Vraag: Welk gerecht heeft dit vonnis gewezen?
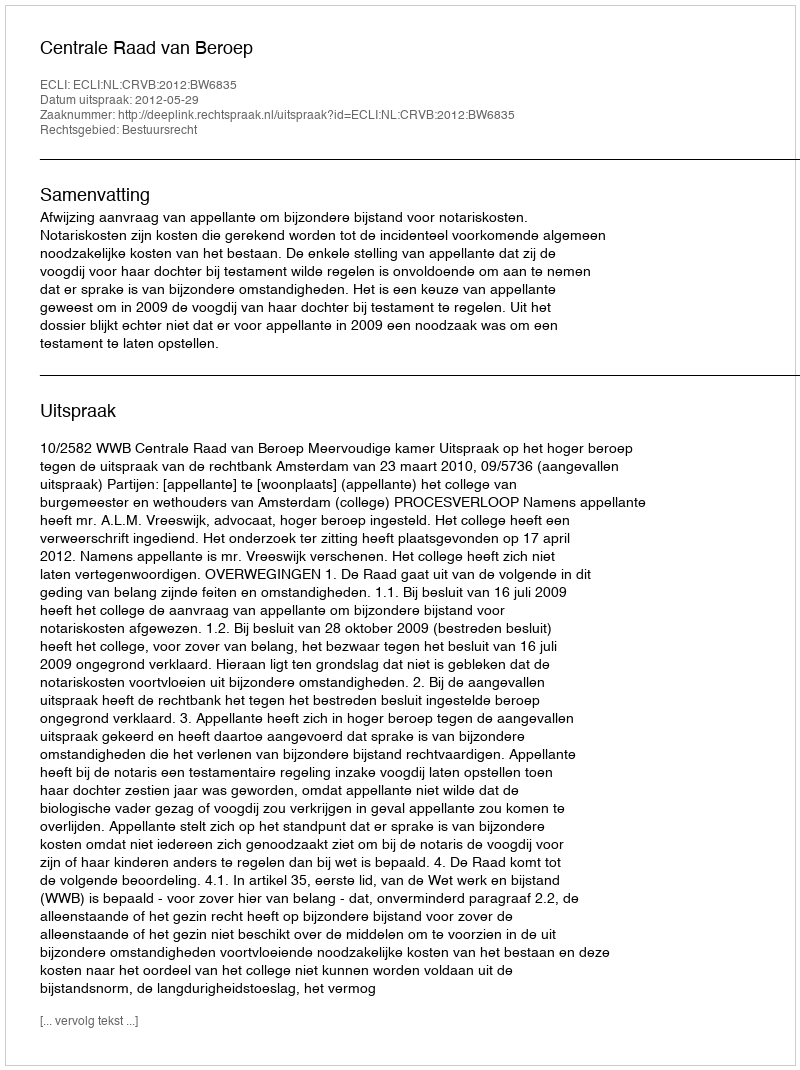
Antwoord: Centrale Raad van Beroep